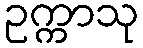
ဥက္ကာသု